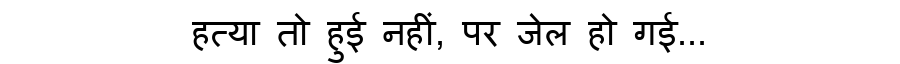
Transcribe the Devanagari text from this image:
हत्या तो हुई नहीं, पर जेल हो गई...